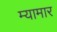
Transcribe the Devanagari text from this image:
म्यामार